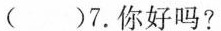
( )7.你好吗?